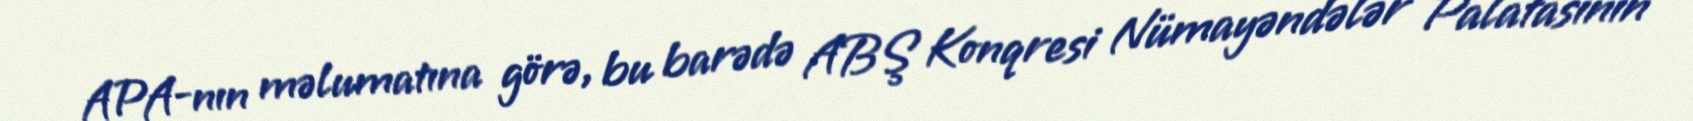
APA-nın məlumatına görə, bu barədə ABŞ Konqresi Nümayəndələr Palatasının